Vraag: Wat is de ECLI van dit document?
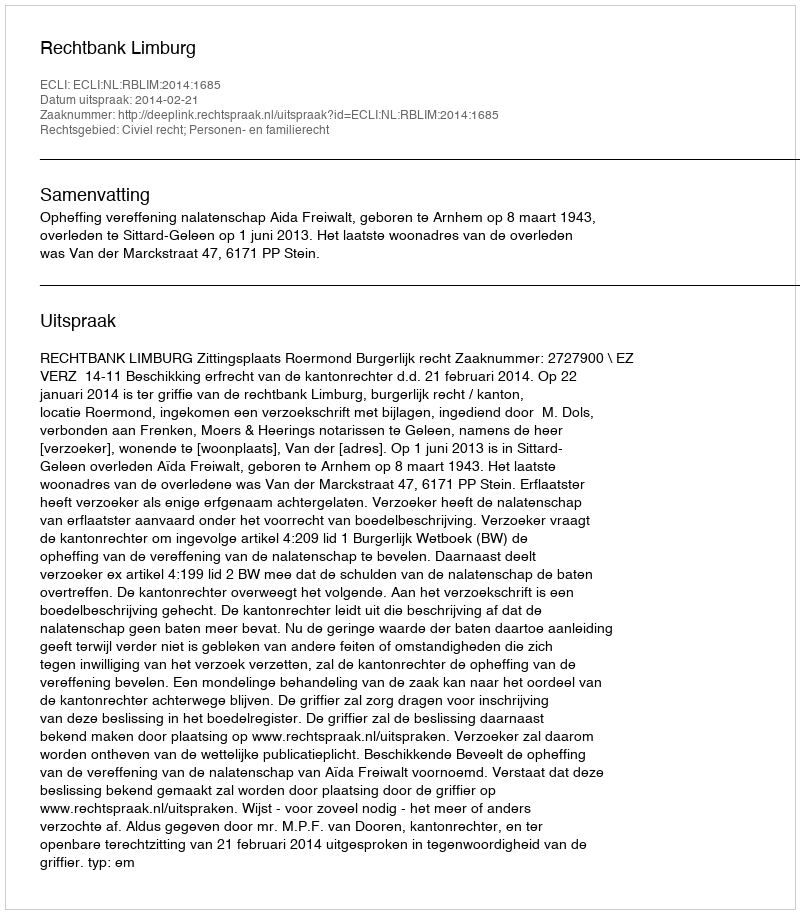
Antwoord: ECLI:NL:RBLIM:2014:1685